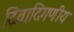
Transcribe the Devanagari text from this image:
दिवादिगणीय